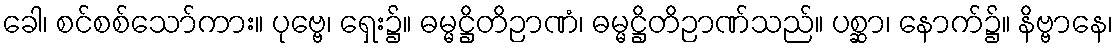
ခေါ၊ စင်စစ်သော်ကား။ ပုဗ္ဗေ၊ ရှေး၌။ ဓမ္မဋ္ဌိတိဉာဏံ၊ ဓမ္မဋ္ဌိတိဉာဏ်သည်။ ပစ္ဆာ၊ နောက်၌။ နိဗ္ဗာနေ၊